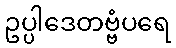
ဥပ္ပါဒေတဗ္ဗံပရေ